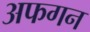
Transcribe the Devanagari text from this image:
अफगन